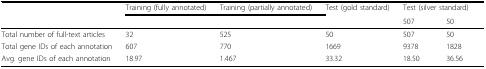
|  | Training (fully annotated) | Training (partially annotated) | Test (gold standard) | <COLSPAN=2> Test (silver standard) |
 |  |  |  |  | 507 | 50 |
 | --- | --- | --- | --- | --- | --- |
 | Total number of full-text articles | 32 | 525 | 50 | 507 | 50 |
 | Total gene IDs of each annotation | 607 | 770 | 1669 | 9378 | 1828 |
 | Avg. gene IDs of each annotation | 18.97 | 1.467 | 33.32 | 18.50 | 36.56 |